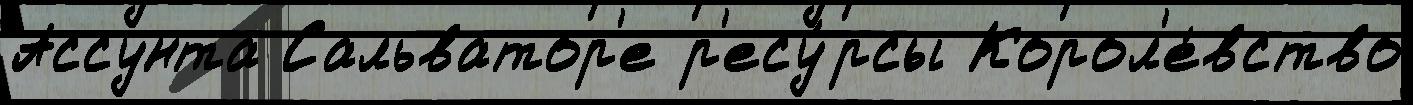
Ассунта Сальватор'е р'есу́рсы Корол'е́вство